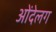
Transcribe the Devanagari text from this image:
ओंदेलग